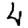
Digit: 4